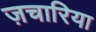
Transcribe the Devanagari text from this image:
ज़चारिया